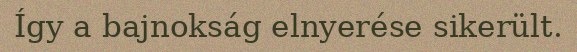
Így a bajnokság elnyerése sikerült.